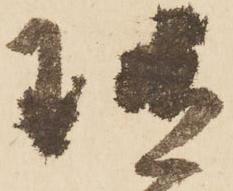
随